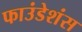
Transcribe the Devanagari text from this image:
फाउंडेशंस